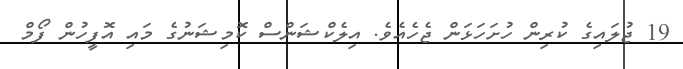
19 ޖުލައިގެ ކުރިން ހުށަހަޅަން ޖެހެެއެވެ. އިލެކްޝަންސް ކޮމިޝަނުގެ މައި އޮފީހުން ފޯމް